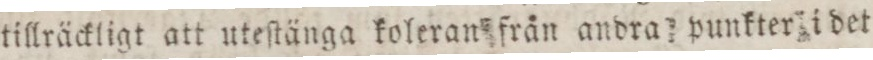
tillräckligt att uteſtänga koleran från andra punkter i det